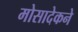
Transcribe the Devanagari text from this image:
मोसादेकने